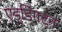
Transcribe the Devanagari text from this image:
एड्डिंगटन